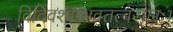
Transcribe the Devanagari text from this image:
विदिवशाम्भवतत्वसारः।